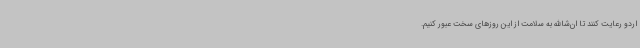
اردو رعایت کنند تا ان‌شاالله به سلامت از این روزهای سخت عبور کنیم.